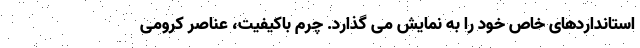
استانداردهای خاص خود را به نمایش می گذارد. چرم باکیفیت، عناصر کرومی